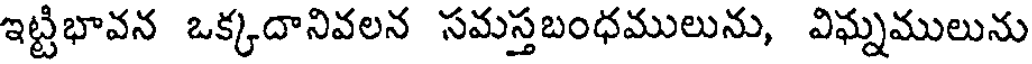
ఇట్టిభావన ఒక్కదానివలన సమస్తబంధములును, విఘ్నములును